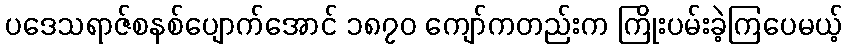
ပဒေသရာဇ်စနစ်ပျောက်အောင် ၁၈၇၀ ကျော်ကတည်းက ကြိုးပမ်းခဲ့ကြပေမယ့်